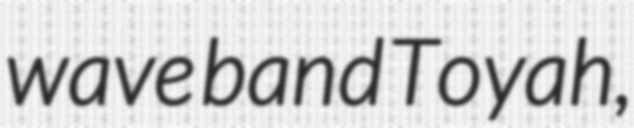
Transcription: wave band Toyah,